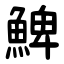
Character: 䱝